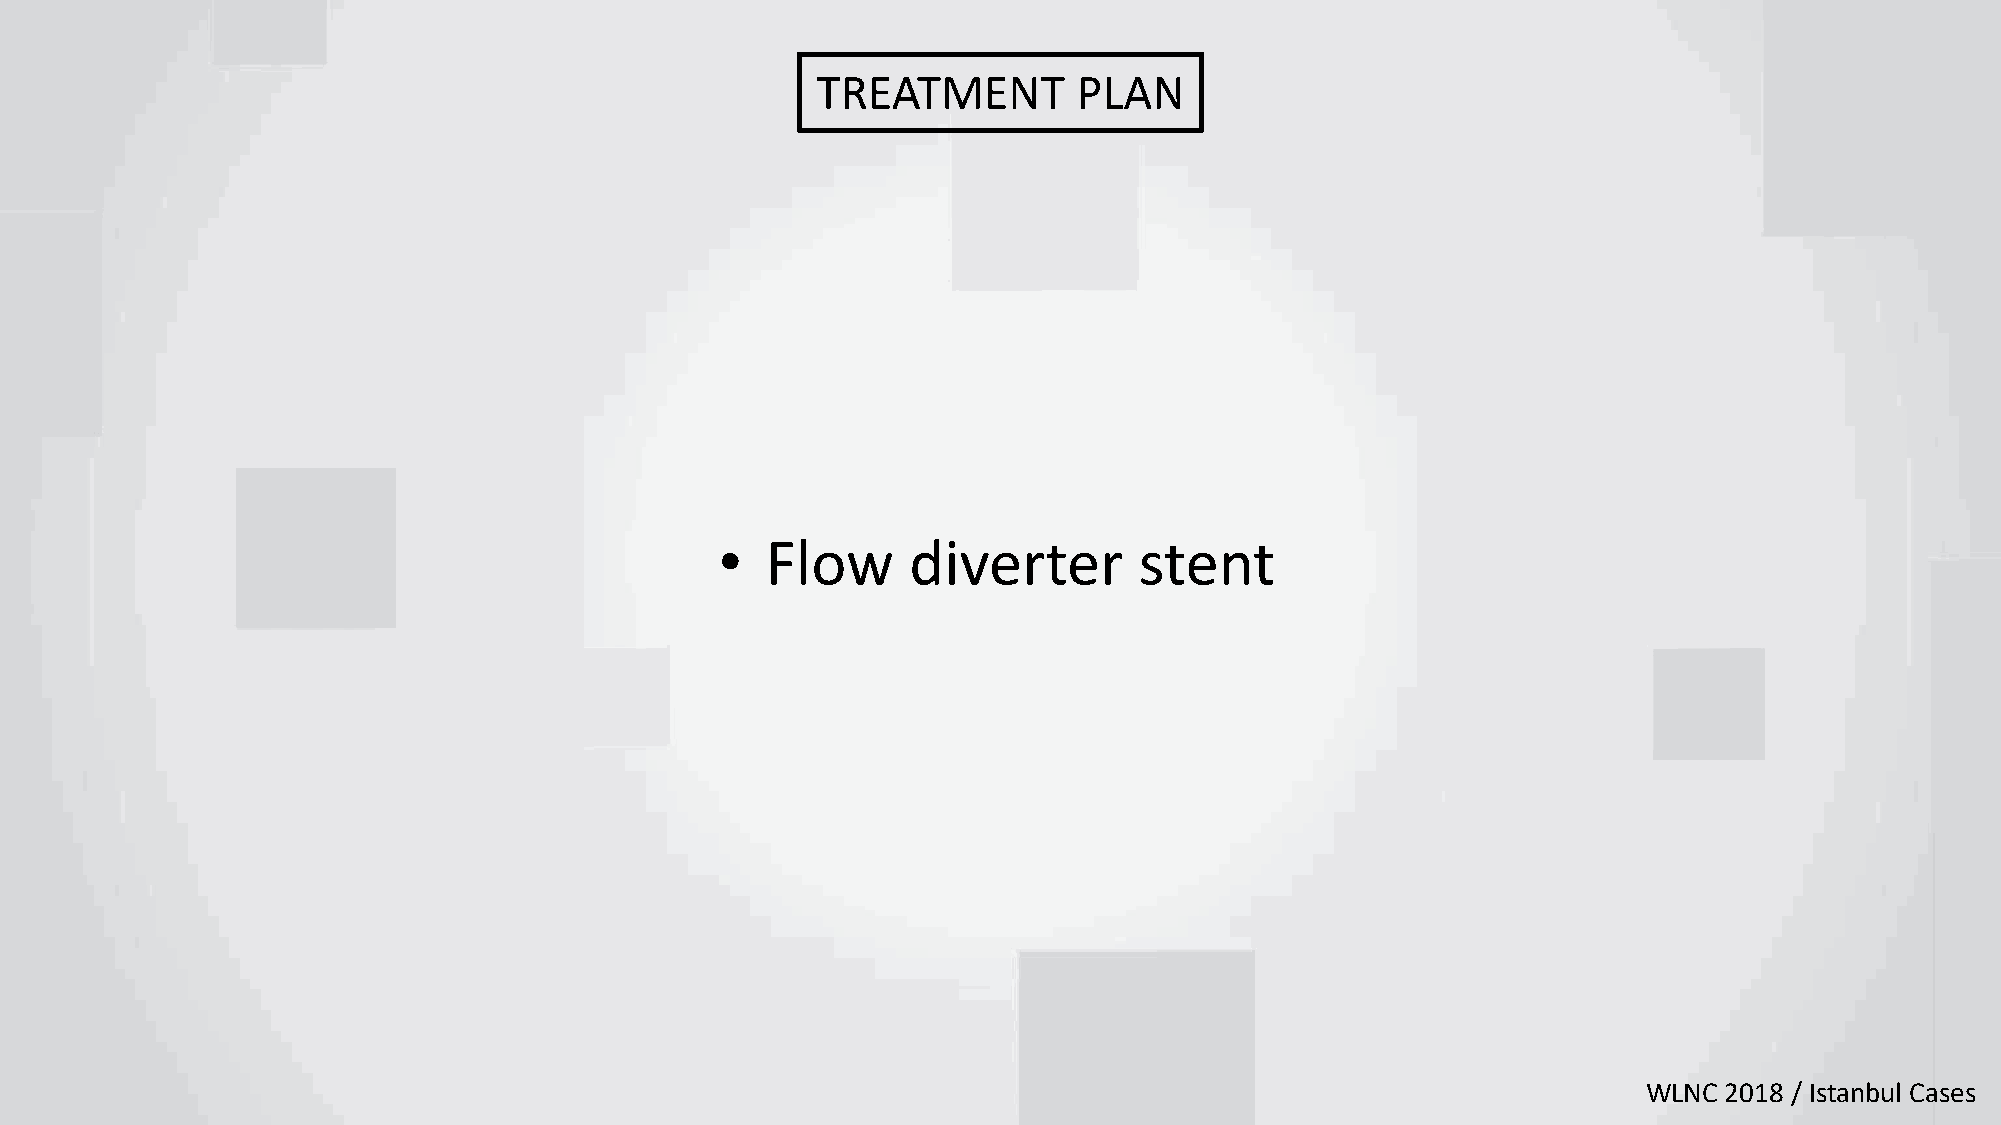
TREATMENT        PLAN
 •  Flow     diverter       stent
 WLNC 2018 / Istanbul Cases